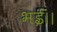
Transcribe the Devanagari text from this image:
भई।।